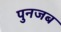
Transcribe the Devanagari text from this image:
पुनजब